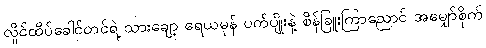
လှိုင်ထိပ်ခေါင်တင်ရဲ့ သားချော့ ရေယမုန် ပတ်ပျိုးနဲ့ စိန်ခြူးကြာညောင် အမျှော်စိုက်